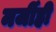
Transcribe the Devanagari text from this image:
मर्जीही